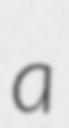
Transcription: a